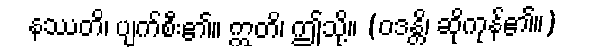
နဿတိ၊ ပျက်စီး၏။ ဣတိ၊ ဤသို့။ (ဝဒန္တိ၊ ဆိုကုန်၏။)